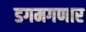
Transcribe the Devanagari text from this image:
डगमगणार